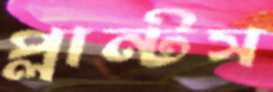
প্লান্টস